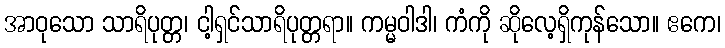
အာဝုသော သာရိပုတ္တ၊ ငါ့ရှင်သာရိပုတ္တရာ။ ကမ္မဝါဒါ၊ ကံကို ဆိုလေ့ရှိကုန်သော။ ဧကေ၊